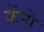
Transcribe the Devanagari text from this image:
कॅनो